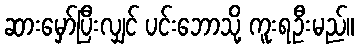
ဆားမှော်ပြီးလျှင် ပင်းဘောသို့ ကူးရဦးမည်။